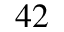
4 2